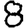
Digit: 8